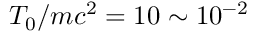
T _ { 0 } / m c ^ { 2 } = 1 0 \sim 1 0 ^ { - 2 }